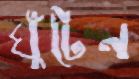
ঘুঁটেন